Vaccination in the Punjab 1883-1896 - 1883-1896
Year: 1883
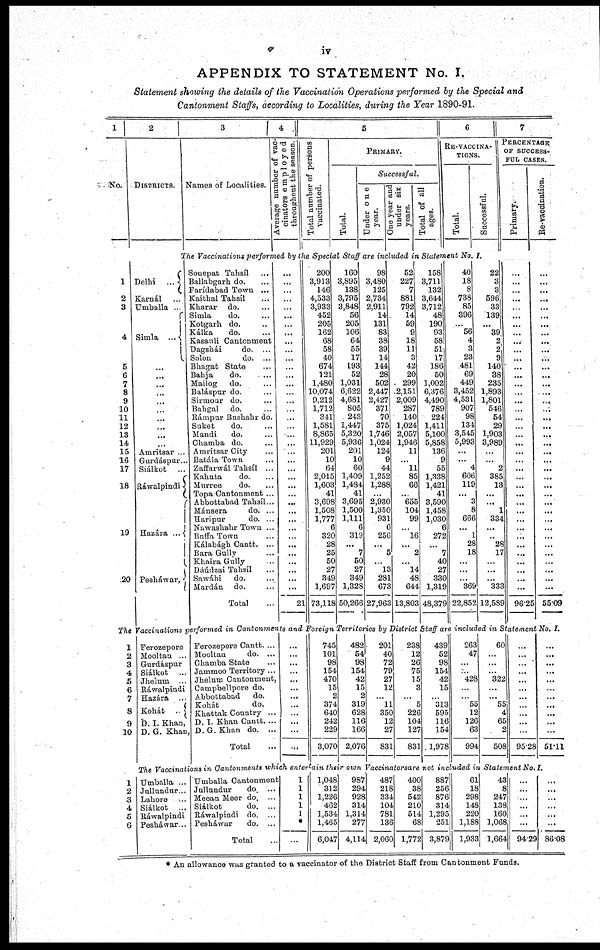
iv
APPENDIX TO STATEMENT No. I.
Statement showing the details of the Vaccination Operations performed by the Special and
Cantonment Staffs, according to Localities, during the Year 1890-91.
1
No.
2
DISTRICTS.
3
Names of Localities.
4
Average number of vac-
cinators employed
throughout the season.
5
Total number of persons
vaccinated.
PRIMARY.
Total.
Successful.
Under one
year.
One year and
under six
years.
Total of all
ages.
6
RE-VACCINA¬
TIONS.
Total.
Successful.
7
PERCENTAGE
OF SUCCESS-
FUL CASES.
Primary.
Re-vaccination.
The Vaccinations performed by the Special Staff are included in Statement No. I.
1
2
3
4
5
6
7
8
9
10
11
12
13
14
15
16
17
18
19
20
Delhi
...
Karnál ...
Umballa ...
Simla
...
...
...
...
...
...
...
...
...
...
...
Amritsar ...
Gurdáspur ...
Siálkot ...
Ráwalpindi
Hazára ...
Pesháwar,
Sonepat Tahsíl ...
Ballabgarh do. ...
Farídabad Town ...
Kaithal Tahsíl ...
Kharar do. ...
Simla
do. ...
Kotgarh do. ...
Kálka
do. ...
Kasauli Cantonment ...
Dagshái
do. ...
Solon
do. ...
Bhagat State ...
Bahja
do. ...
Mailog
do. ...
Baláspur do. ...
Sirmour do. ...
Bahgal do. ...
Rámpur Bushahr do. ...
Suket
do. ...
Mandi
do. ...
Chamba do. ...
Amritsar City ...
Batála Town ...
Zaffarwál Tahsíl ...
Kahnta
do. ...
Murree
do. ...
Topa Cantonment ...
Abbottabad Tahsíl ...
Mánsera
do. ...
Haripur
do. ...
Nawashahr Town ...
Buffa Town ...
Kálabágh Cantt. ...
Bara Gully ...
Khaira Gully ...
Dáúdzai Tahsíl ...
Sawábi
do. ...
Mardán do. ...
Total ...
...
...
...
...
...
...
...
...
...
...
...
...
...
...
...
...
...
...
...
...
...
...
...
...
...
...
...
...
...
...
...
...
...
...
...
...
...
...
21
200
3,913
146
4,533
3,933
452
205
162
68
58
40
674
121
1,480
10,074
9,212
1,712
341
1,581
8,865
11,929
201
10
64
2,015
1,603
41
3,698
1,508
1,777
6
320
28
25
50
27
349
1,697
73,118
160
3,895
138
3,795
3,848
56
205
106
64
55
17
193
52
1,031
6,622
4,681
805
243
1,447
5,320
5,936
201
10
60
1,409
1,484
41
3,695
1,500
1,111
6
319
...
7
50
27
349
1,328
50,266
98
3,480
125
2,734
2,911
14
131
83
38
39
14
144
28
502
2,447
2,427
371
70
375
1,746
1,024
124
9
44
1,252
1,288
...
2,930
1,350
931
6
256
...
5
... 13
281
673
27,963
52
227
7
881
792
14
59
9
18
11
3
42
20
299
2,151
2,009
287
140
1,024
2,057
1,946
11
... 11
85
66
... 655
104
99
... 16
...
2
... 14
48
644
13,803
158
3,711
132
3,644
3,712
48
190
93
58
51
17
186
50
1,002
6,376
4,490
789
224
1,411
5,100
5,858
136
9
55
1,338
1,421
41
3,590
1,458
1,030
6
272
...
7
40
27
330
1,319
48,379
40
18
8
738
85
396
... 56
4
3
23
481
69
449
3,452
4,531
907
98
134
3,545
5,993
...
... 4
606
119
... 3
8
666
... 1
28
18
...
...
...
369
22,852
22
3
3
596
33
139
... 39
2
2
9
140
38
235
1,893
1,801
546
54
29
1,903
3,989
...
...
2
385
13
...
...
1
334
...
...
28
17
...
...
...
333
12,589
...
...
...
...
...
...
...
...
...
...
...
...
...
...
...
...
...
...
...
...
...
...
...
...
...
...
...
...
...
...
...
...
...
...
...
...
...
...
96.25
...
...
...
...
...
...
...
...
...
...
...
...
...
...
...
...
...
...
...
...
...
...
...
...
...
...
...
...
...
...
...
...
...
...
...
...
...
...
55.09
The Vaccinations performed in Cantonments and Foreign Territories by District Staff are included in Statement No. I.
1
2
3
4
5
6
7
8
9
10
Ferozepore
Mooltan ...
Gurdáspur.
Siálkot ...
Jhelum ...
Ráwalpindi
Hazára ...
Kohát ...
D. I. Khan ...
D. G. Khan ...
Ferozepore Cantt. ...
Mooltan
do. ...
Chamba State ...
Jammoo Territory ...
Jhelum Cantonment, ...
Campbellpore do. ...
Abbottabad
do. ...
Kohát
do. ...
Khattak Country ...
D. I. Khan Cantt. ...
D. G. Khan do. ...
Total ...
...
...
...
...
...
...
...
...
...
...
...
...
745
101
98
154
470
15
2
374
640
242
229
3,070
482
54
98
154
42
15
2
319
628
116
166
2,076
201
40
72
79
27
12
...
1
350
12
27
831
238
12
26
75
15
3
... 5
226
104
127
831
439
52
98
154
42
15
...
313
595
116
154
1,978
263
47
...
...
428
...
...
55
12
126
63
994
60
...
...
...
322
...
... 55
4
65
2
508
...
...
...
...
...
...
...
...
...
...
...
95.28
...
...
...
...
...
...
...
...
...
...
...
51.11
The Vaccinations in Cantonments which entertain their own Vaccinators are not included in Statement No. I.
1
2
3
4
5
6
Umballa ...
Jullundur ...
Lahore ...
Siálkot ...
Ráwalpindi
Pesháwar ...
Umballa Cantonment
Jullundur
do. ...
Meean Meer do. ...
Siálkot
do. ...
Ráwalpindi do. ...
Pesháwar
do. ...
Total ...
1
1
1
1
1
*
...
1,048
312
1,226
462
1,534
1,465
6,047
987
294
928
314
1,314
277
4,114
487
218
334
104
781
136
2,060
400
38
542
210
514
68
1,772
887
256
876
314
1,295
251
3,879
61
18
298
148
220
1,188
1,933
43
8
247
138
160
1,068
1,664
...
...
...
...
...
...
94.29
...
...
...
...
...
...
86.08
* An allowance was granted to a vaccinator of the District Staff from Cantonment Funds.